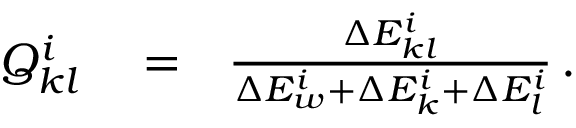
\begin{array} { r l r } { Q _ { k l } ^ { i } } & { { } = } & { \frac { \Delta E _ { k l } ^ { i } } { \Delta E _ { w } ^ { i } + \Delta E _ { k } ^ { i } + \Delta E _ { l } ^ { i } } \, . } \end{array}